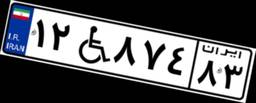
۱۲W۸۷۴۸۳